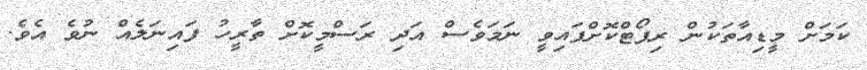
ކަމަށް މީޑިއާތަކުން ރިޕޯޓްކޮށްފައިވީ ނަމަވެސް އަދި ރަސްމީކޮށް ތާރީހު ފައިނަލެއް ނުވެ އެވެ.